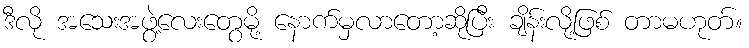
ဒီလို အသေးအဖွဲ့လေးတွေမို့ နောက်မှလာတော့ဆိုပြီး ချိန်းလို့ဖြစ် တာမဟုတ်။